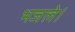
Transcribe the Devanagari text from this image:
भजले।